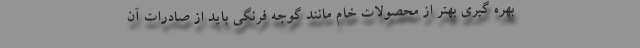
بهره گیری بهتر از محصولات خام مانند گوجه فرنگی باید از صادرات آن